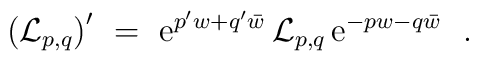
\left( {\cal L} _{p,q} \right) ^{\prime} \ =\       {\rm e}^{p ^{\prime}w+q ^{\prime}\bar w}      \, {\cal L} _{p,q} \,      {\rm e}^{-p w-q \bar w} \ \ .